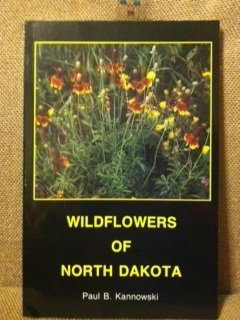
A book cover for Wildflowers of North Dakota; Paul Bruno Kannowski; Crafts, Hobbies & Home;